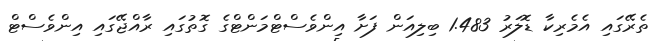
ތެރޭގައި އެމެރިކާ ޑޮލަރު 1.483 ބިލިއަން ފަށާ އިންވެސްޓްމަންޓްގެ ގޮތުގައި ރާއްޖޭގައި އިންވެސްޓް